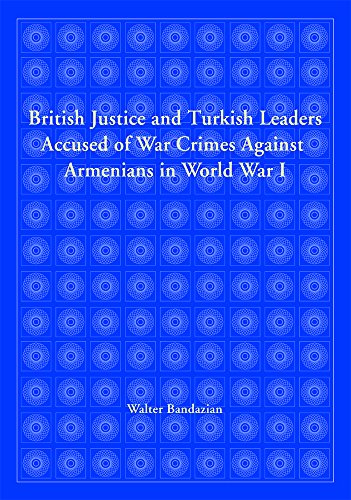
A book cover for British Justice and Turkish Leaders Accused of War Crimes Against Armenians in World War I; Walter Bandazian; History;